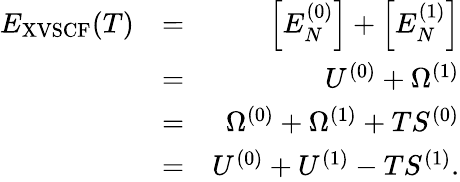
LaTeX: \begin{array}{rlr}{E_{\mathrm{XVSCF}}(T)}&{=}&{\Big[E_{N}^{(0)}\Big]+\Big[E_{N}^{(1)}\Big]}\\ &{=}&{U^{(0)}+\Omega^{(1)}}\\ &{=}&{\Omega^{(0)}+\Omega^{(1)}+TS^{(0)}}\\ &{=}&{U^{(0)}+U^{(1)}-TS^{(1)}.}\end{array}